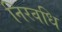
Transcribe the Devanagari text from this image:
निरवधि